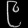
Digit: ၉